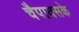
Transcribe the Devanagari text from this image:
चैपायसके